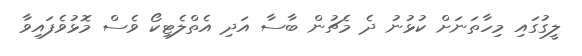
ލީގުގައި މިހާތަނަށް ކުޅުނު ދެ މެޗުން ބާސާ އަދި އެތްލެޓިކޯ ވެސް މޮޅުވެފައިވާ